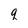
Character: q